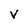
Character: V